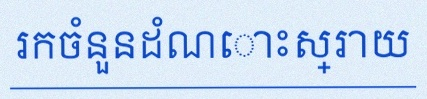
រកចំនួនដំណោះស្រាយ